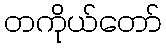
တကိုယ်တော်